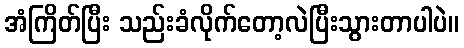
အံကြိတ်ပြီး သည်းခံလိုက်တော့လဲပြီးသွားတာပါပဲ။